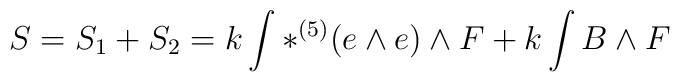
S = S_{1} + S_{2} = k\int \ast ^{(5)}(e\wedge e) \wedge F + k\int {B\wedge F}